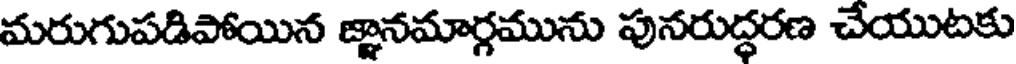
మరుగుపడిపోయిన జ్ఞానమార్గమును పునరుద్ధరణ చేయుటకు